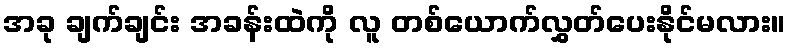
အခု ချက်ချင်း အခန်းထဲကို လူ တစ်ယောက်လွှတ်ပေးနိုင်မလား။